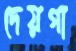
দেয়গা